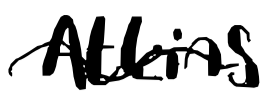
Text: Atkins
Cross-out: wave
Writing tool: digital_black